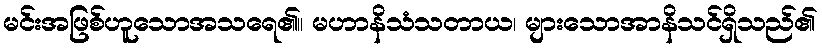
မင်းအဖြစ်ဟူသောအသရေ၏။ မဟာနိသံသတာယ၊ များသောအာနိသင်ရှိသည်၏